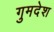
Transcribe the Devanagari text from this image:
गुमदेश